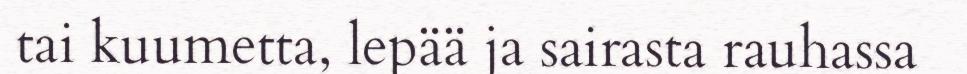
tai kuumetta, lepää ja sairasta rauhassa